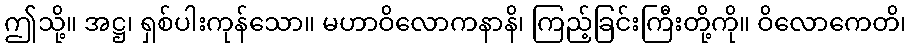
ဤသို့။ အဋ္ဌ၊ ရှစ်ပါးကုန်သော။ မဟာဝိလောကနာနိ၊ ကြည့်ခြင်းကြီးတို့ကို။ ဝိလောကေတိ၊